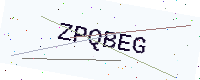
Text: ZPQBEG